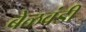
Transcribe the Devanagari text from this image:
बेळवंडी